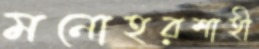
মনোহরশাহী